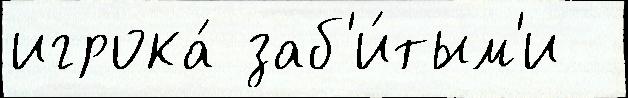
игрока́ заб'и́тым'и